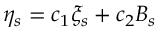
\eta _ { s } = c _ { 1 } \xi _ { s } + c _ { 2 } B _ { s }